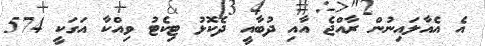
އެ އެއާލައިނުން ރާއްޖެ އާއި ދުބާއީ ދެކޮޅު ޓިކެޓު ވިއްކާ އަގަކީ 574